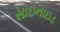
સાઇનાઇડ